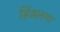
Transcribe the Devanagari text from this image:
हिंडलगा